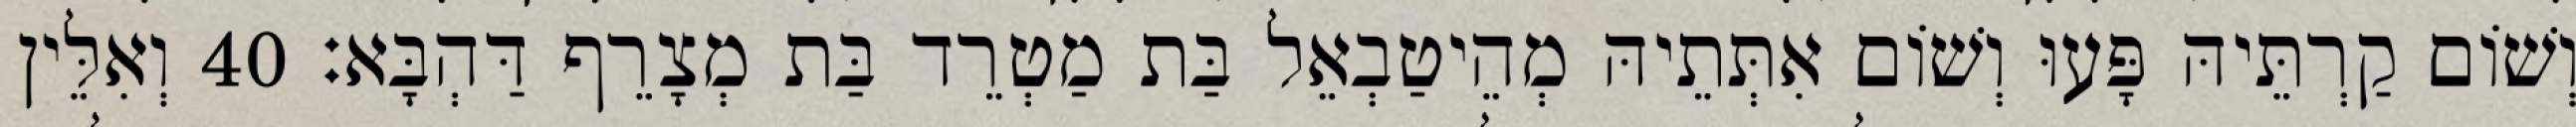
וְשׁוֹם קַרְתֵּיהּ פָּעוּ וְשׁוֹם אִתְּתֵיהּ מְהֵיטַבְאֵל בַּת מַטְרֵד בַּת מְצָרֵף דַּהְבָּא׃ 40 וְאִלֵּין